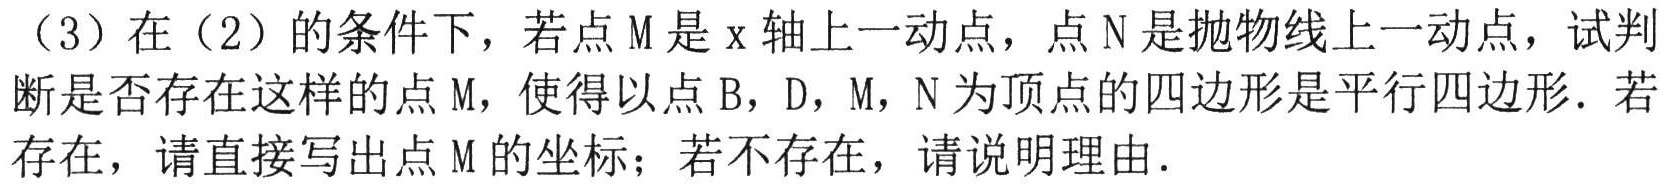
（3）在（2）的条件下，若点\(M\)是\(x\)轴上一动点，点\(N\)是抛物线上一动点，试判断是否存在这样的点\(M\)，使得以点\(B\)，\(D\)，\(M\)，\(N\)为顶点的四边形是平行四边形. 若存在，请直接写出点\(M\)的坐标；若不存在，请说明理由.